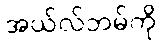
အယ်လ်ဘမ်ကို